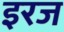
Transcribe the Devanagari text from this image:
इरज